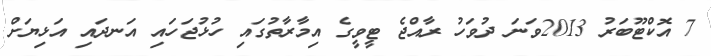
7 އޮކްޓޫބަރު 2013ވަނަ ދުވަހު ރާއްޖެ ޓީވީގެ އިމާރާތުގައި ހުޅުޖަހައި އަނދައި އަޅިޔަށް